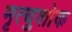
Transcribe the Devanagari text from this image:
मृत्युशोक